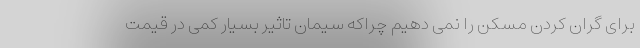
برای گران کردن مسکن را نمی دهیم چراکه سیمان تاثیر بسیار کمی در قیمت